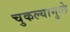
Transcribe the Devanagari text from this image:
चुकल्यामुळे